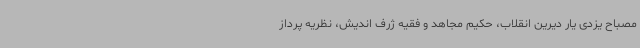
مصباح یزدی یار دیرین انقلاب، حکیم مجاهد و فقیه ژرف اندیش، نظریه پرداز